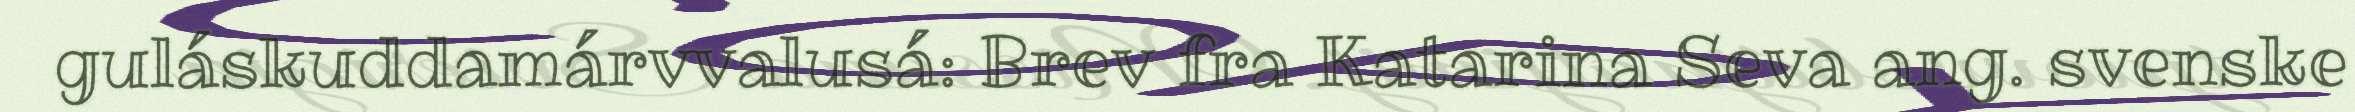
guláskuddamárvvalusá: Brev fra Katarina Seva ang. svenske